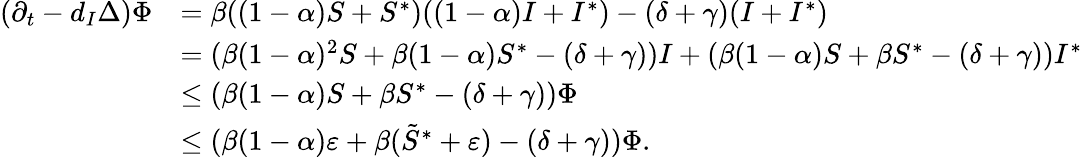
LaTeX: \begin{array}{rl}{(\partial_{t}-d_{I}\Delta)\Phi}&{=\beta((1-\alpha)S+S^{*})((1-\alpha)I+I^{*})-(\delta+\gamma)(I+I^{*})}\\ &{=(\beta(1-\alpha)^{2}S+\beta(1-\alpha)S^{*}-(\delta+\gamma))I+(\beta(1-\alpha)S+\beta S^{*}-(\delta+\gamma))I^{*}}\\ &{\le(\beta(1-\alpha)S+\beta S^{*}-(\delta+\gamma))\Phi}\\ &{\le(\beta(1-\alpha)\varepsilon+\beta(\tilde{S}^{*}+\varepsilon)-(\delta+\gamma))\Phi.}\end{array}